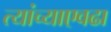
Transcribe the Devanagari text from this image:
त्यांच्याएवढा